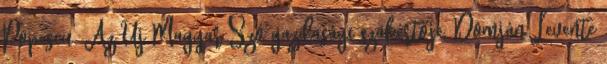
Popescu. Az Új Magyar Szó gazdasági szakértője, Domján Levente